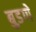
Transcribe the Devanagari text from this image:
बुडणे